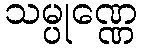
သမ္ပုဏ္ဏေ